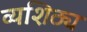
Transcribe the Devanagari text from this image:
व्यशिठ्य